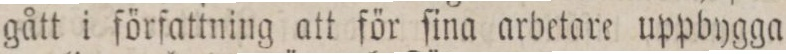
gått i författning att för ſina arbetare uppbygga